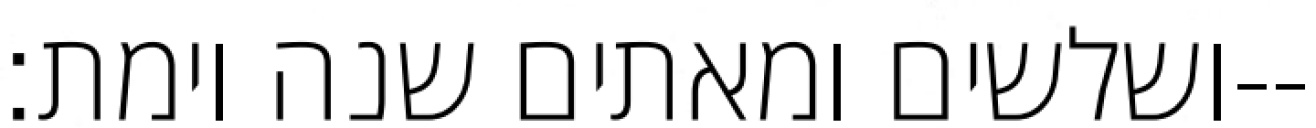
ושלשים ומאתים שנה וימת׃--